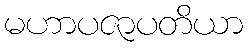
မဟာပဇာပတိယာ